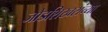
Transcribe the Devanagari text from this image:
जोडशिखरांच्या